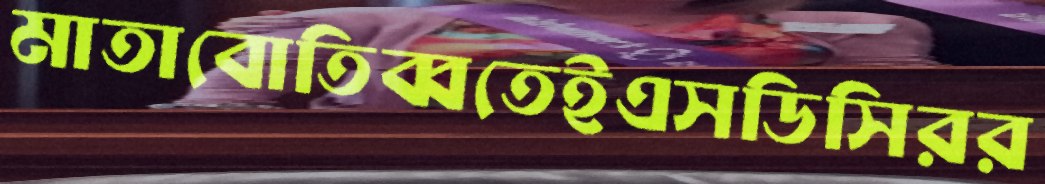
মাতাবোতিব্বতেইএসডিসিরর